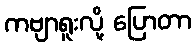
ကဗျာရူးလို့ ပြောတာ